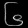
Digit: ၆